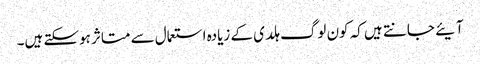
آیئے جانتے ہیں کہ کون لوگ ہلدی کے زیادہ استعمال سے متاثر ہوسکتے ہیں۔